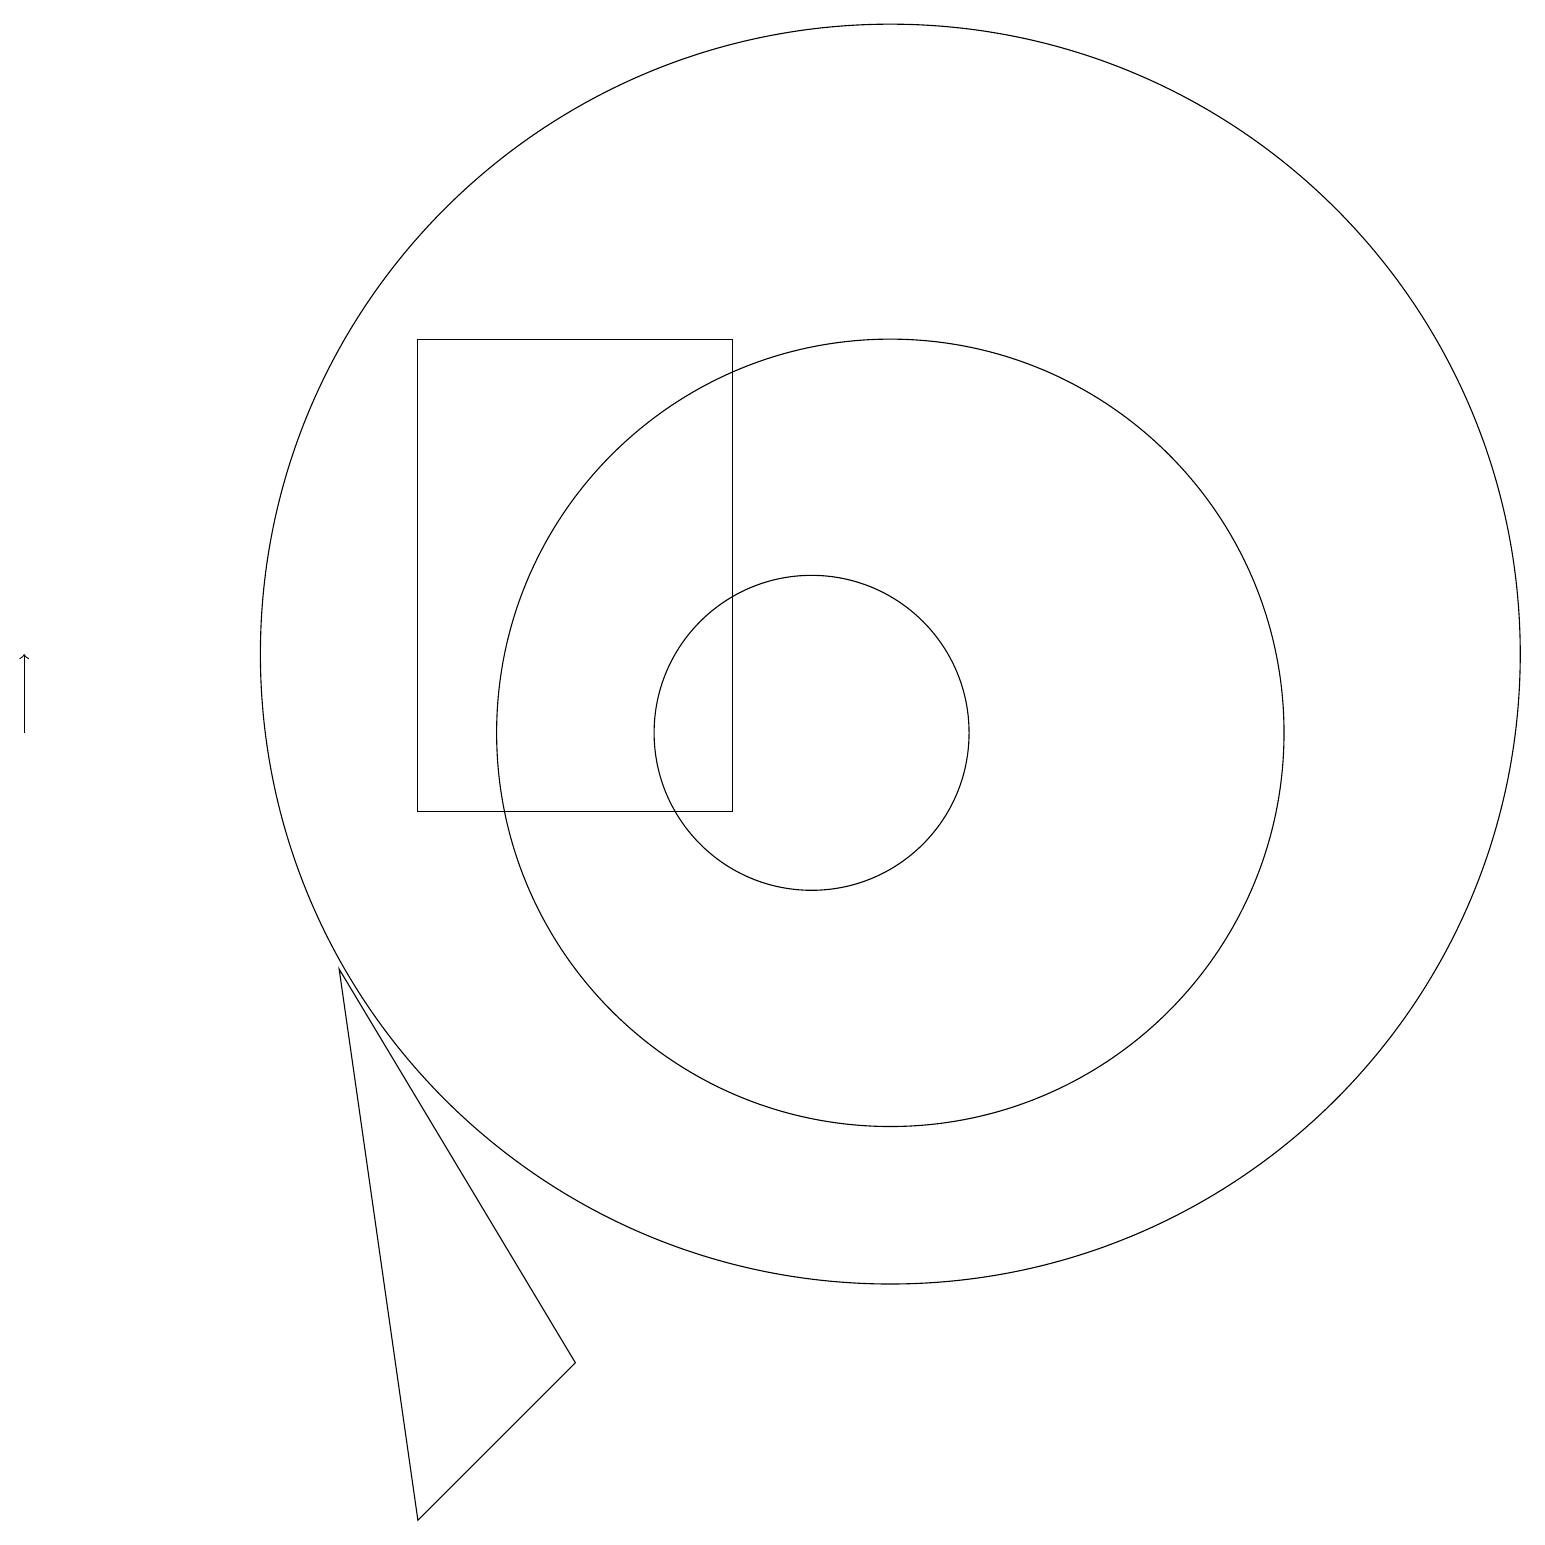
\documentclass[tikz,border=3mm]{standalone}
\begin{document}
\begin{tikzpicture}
\draw (11,11) circle (5);
\draw (7,3) -- (5,1) -- (4,8) -- cycle;
\draw (10,11) circle (2);
\draw (9,10) rectangle (5,16);
\draw (11,12) circle (8);
\draw[->] (0,11) -- (0,12);
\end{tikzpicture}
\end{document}